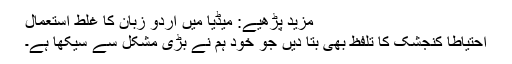
مزید پڑھیے: میڈیا میں اردو زبان کا غلط استعمال
احتیاطاً کنجشک کا تلفظ بھی بتا دیں جو خود ہم نے بڑی مشکل سے سیکھا ہے۔